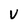
Character: v